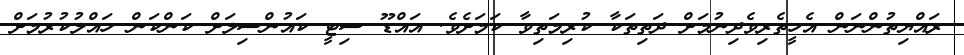
ރައްޔިތުންނަން އެހީތެރިވެދިނުމަށް ދަތިތަކާ ކުރިމަތިވާ ކަމަށެވެ. އައްޑޫ ސިޓީ ކައުންސިލަށް ކަންކަން ހައްލުކުރުމަށް